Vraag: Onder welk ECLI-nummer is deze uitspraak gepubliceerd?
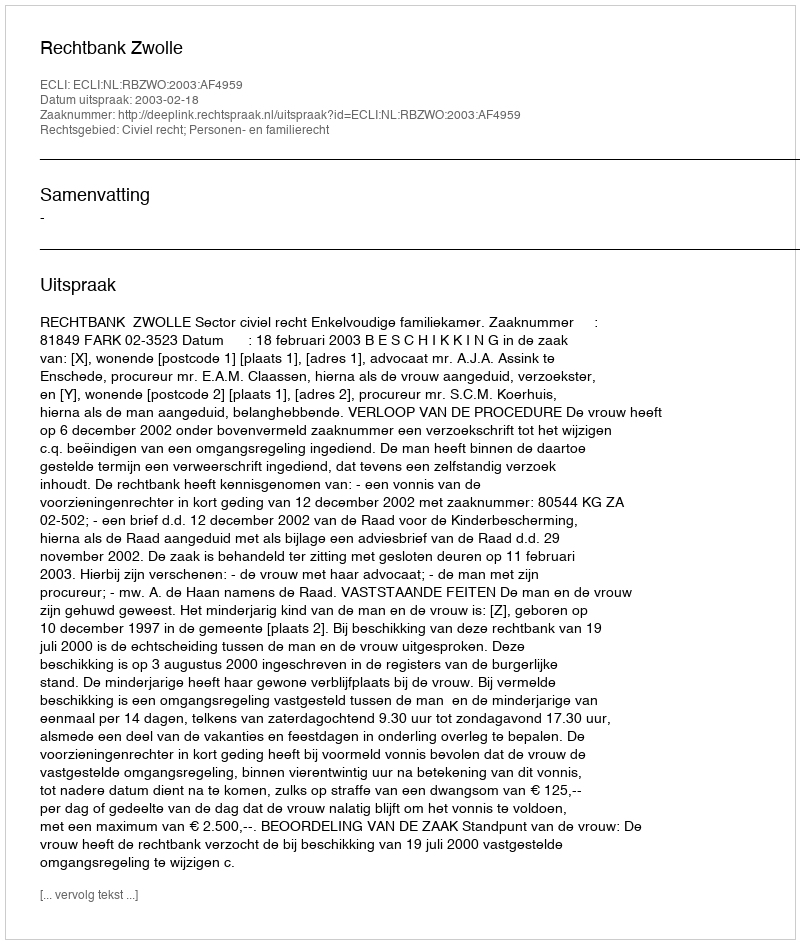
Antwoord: ECLI:NL:RBZWO:2003:AF4959